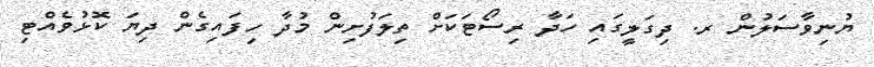
ޔުނިވާސަލުން ރ. ދިގަލީގައި ހަދާ ރިސޯޓަކަށް ތިލަފުށިން މުދާ ހިފައިގެން ދިޔަ ކޮޅުވެއްޓި